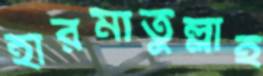
হারমাতুল্লাহ